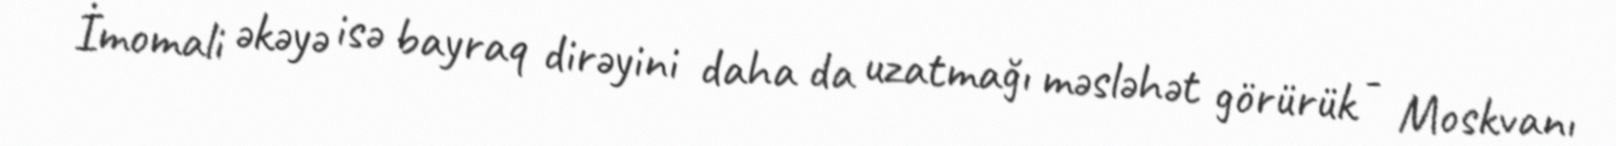
İmomali əkəyə isə bayraq dirəyini daha da uzatmağı məsləhət görürük - Moskvanı